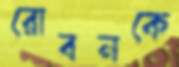
রোবনকে